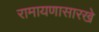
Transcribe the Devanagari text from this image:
रामायणासारखे